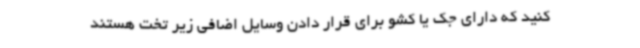
کنید که دارای جک یا کشو برای قرار دادن وسایل اضافی زیر تخت هستند